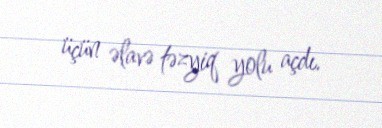
üçün əlavə təzyiq yolu açdı.